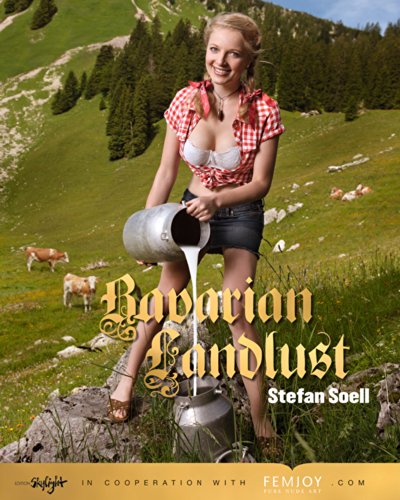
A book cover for Bavarian Landlust; Stefan Soell; Arts & Photography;